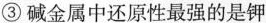
③碱金属中还原性最强的是钾